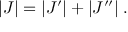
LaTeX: | J | = | J ^ { \prime } | + | J ^ { \prime \prime } | \; .